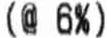
(@ 6%)